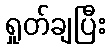
ရှုတ်ချပြီး